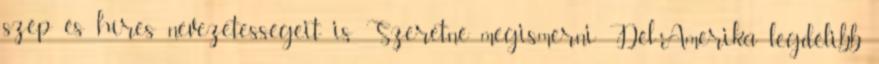
szép és híres nevezetességeit is Szeretné megismerni Dél-Amerika legdélibb